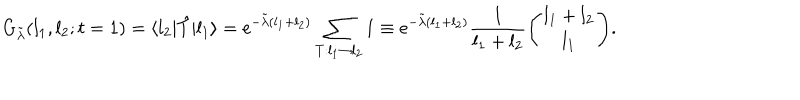
LaTeX: G _ { \tilde { \lambda } } ( l _ { 1 } , l _ { 2 } ; t = 1 ) = \langle l _ { 2 } | \hat { T } | l _ { 1 } \rangle = \mathrm { e } ^ { - \tilde { \lambda } ( l _ { 1 } + l _ { 2 } ) } \sum _ { T : l _ { 1 } \rightarrow l _ { 2 } } 1 \equiv \mathrm { e } ^ { - \tilde { \lambda } ( l _ { 1 } + l _ { 2 } ) } \frac { 1 } { l _ { 1 } + l _ { 2 } } \Biggl ( { l _ { 1 } + l _ { 2 } \atop l _ { 1 } } \Biggr ) .